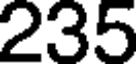
235